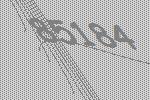
85184